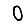
Digit: 0